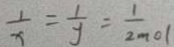
\frac { 1 } { x } = \frac { 1 } { y } = \frac { 1 } { 2 m o l }